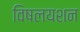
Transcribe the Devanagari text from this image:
विषलयशन